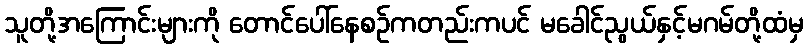
သူတို့အကြောင်းများကို တောင်ပေါ်နေစဉ်ကတည်းကပင် မခေါင်ညွယ်နှင့်မဂမ်တို့ထံမှ